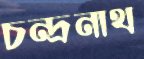
চন্দ্রনাথ